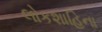
લોકશાહિના